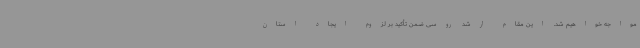
مواجه خواهیم شد. این مقام ارشد روسی ضمن تأکید بر لزوم ایجاد استان